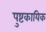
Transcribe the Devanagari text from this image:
पुष्टकायिक